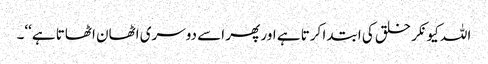
اللہ کیونکر خلق کی ابتدا کرتا ہے اور پھر اسے دوسری اٹھان اٹھاتا ہے‘‘۔